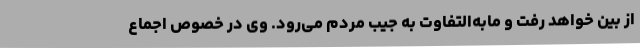
از بین خواهد رفت و مابه‌التفاوت به جیب مردم می‌رود. وی در خصوص اجماع